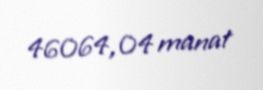
46064,04 manat